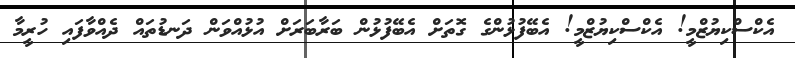
އެކްސްކިޔުޒްމީ! އެކްސްކިޔުޒްމީ! އެބޭފުޅުންގެ ގޮތަށް އެބޭފުޅުން ބަރާބަރަށް އުޅުއްވަން ދަނޑުތައް ދެއްވާފައި ހުރީމާ